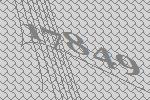
17849